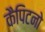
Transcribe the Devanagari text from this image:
कैपिटनो